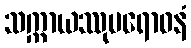
သက္ကာယဿုပရောဓနံ